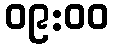
၀၉:၀၀